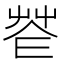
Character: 𦭫